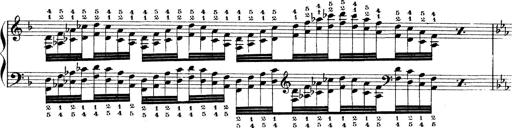
Title: Technische Studien
Composer: Franz Liszt